Civil Veterinary Department Bihar & Orissa reports 1929-36 - 1929-1936
Year: 1929
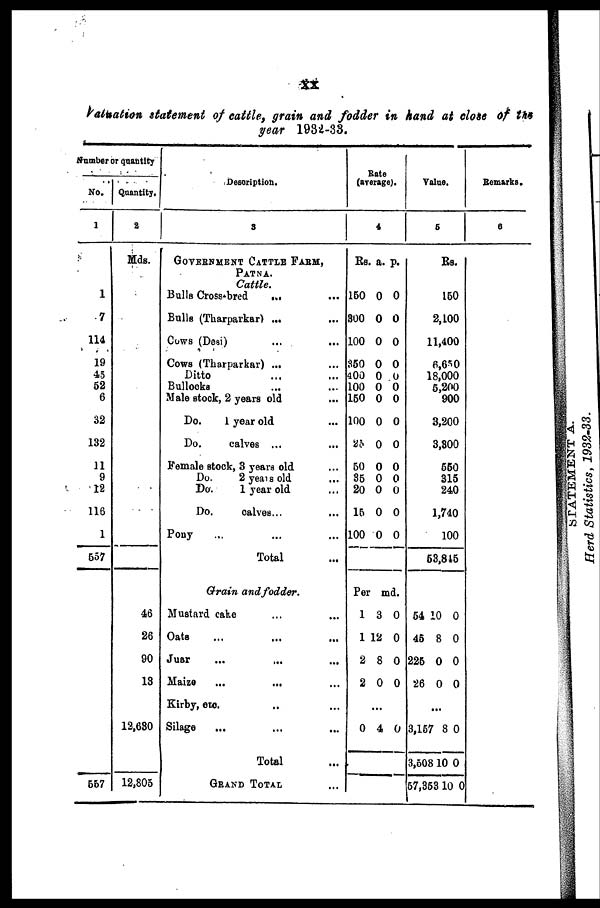
XX
Valuation statement of cattle, grain and fodder in hand at close of the
year 1932-33.
Number or quantity
No.
1
1
7
114
19
45
52
6
32
132
11
9
12
116
1
557
557
Quantity.
2
Mds.
46
26
90
13
12,630
12,805
Description.
3
GOVERNMENT CATTLE FARM,
PATNA.
Cattle.
Bulla Cross-bred
... ...
Bulls (Tharparkar) ... ...
Cows (Desi) ... ...
Cows (Tharparkar) ... ...
Ditto ... ...
Bullocks ... ...
Male stock, 2 years old ...
Do.
1 year old ...
Do.
calves ... ...
Female stock, 3 years old ...
Do.
2 years old ...
Do.
1 year old ...
Do.
calves...
...
Pony ... ... ...
Total ...
Grain and fodder.
Mustard cake ... ...
Oats ... ... ...
Juar ... ... ...
Maize ... ... ...
Kirby, etc. ... ...
Silage ... ... ...
Total ...
GRAND TOTAL...
Rate
(average).
4
Rs.
150
300
100
350
400
100
160
100
25
60
35
20
16
100
a.
0
0
0
0
0
0
0
0
0
0
0
0
0
0
p.
0
0
0
0
0
0
0
0
0
0
0
0
0
0
Per md.
1
1
2
2
.
0
3
12
8
0
.
4
0
0
0
0
.
0
Value.
5
Rs.
150
2,100
11,400
6,650
18,000
6,200
900
3,200
3,800
660
315
240
1,740
100
53,845
54 10 0
45 8 0
226 0 0
26 0 0
...
3,157 8 0
3,608 10 0
57,353 10 0
Remarks.
6